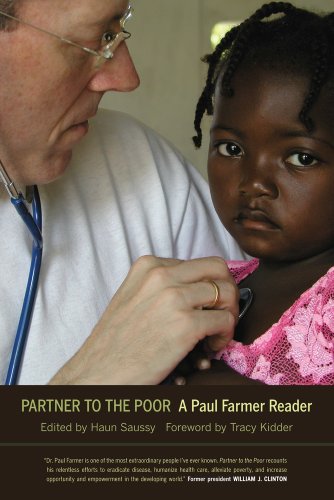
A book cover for Partner to the Poor: A Paul Farmer Reader; Paul Farmer; Biographies & Memoirs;